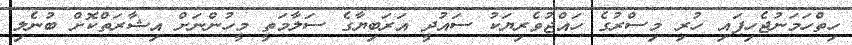
ހިތްހަމަނުޖެހިފައި ހުރި މިސްރުގެ ހައްޖުވެރިޔަކު ސައުދީ އަރަބިޔާގެ ސަލާމަތީ މީހުންނަށް އިޝާރަތްކޮށް ބުނެލި